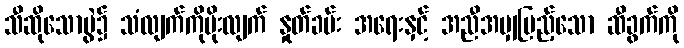
သီဆိုသောပွဲ၌ သံလျက်ကိုမိုးလျက် နှုတ်ခမ်း အရေးနှင့် အညီအမျှပြည့်သော ဆီခွက်ကို